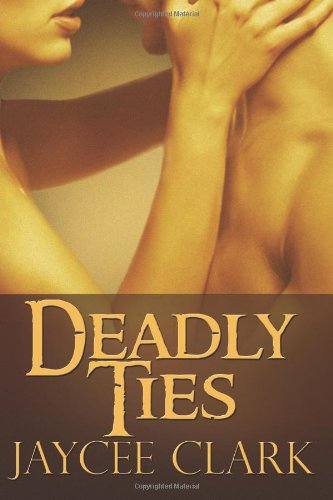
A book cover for Deadly Ties; Jaycee Clark; Romance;